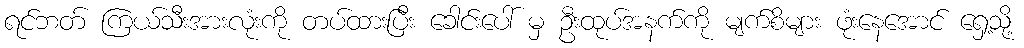
ရင်ဘတ် ကြယ်သီးအားလုံးကို တပ်ထားပြီး ခေါင်းပေါ် မှ ဦးထုပ်အနက်ကို မျက်စိများ ဖုံးနေအောင် ရှေ့သို့